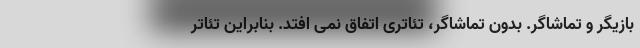
بازیگر و تماشاگر. بدون تماشاگر، تئاتری اتفاق نمی افتد. بنابراین تئاتر